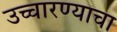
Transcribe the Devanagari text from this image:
उच्चारण्याचा